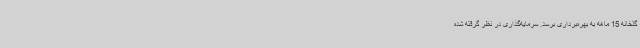
گلخانه 15 ماهه به بهره‌برداری برسد. سرمایه‌گذاری در نظر گرفته شده